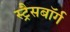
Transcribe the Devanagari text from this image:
स्ट्रैसबॉर्ग